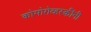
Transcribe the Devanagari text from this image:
कोमोरोव्हस्कींनी